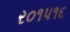
ર૦૧પ૧૬